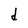
Character: d